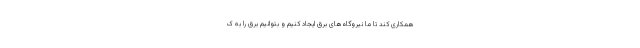
همکاری کند تا ما نیروگاه‌های برق ایجاد کنیم و بتوانیم برق را به ک